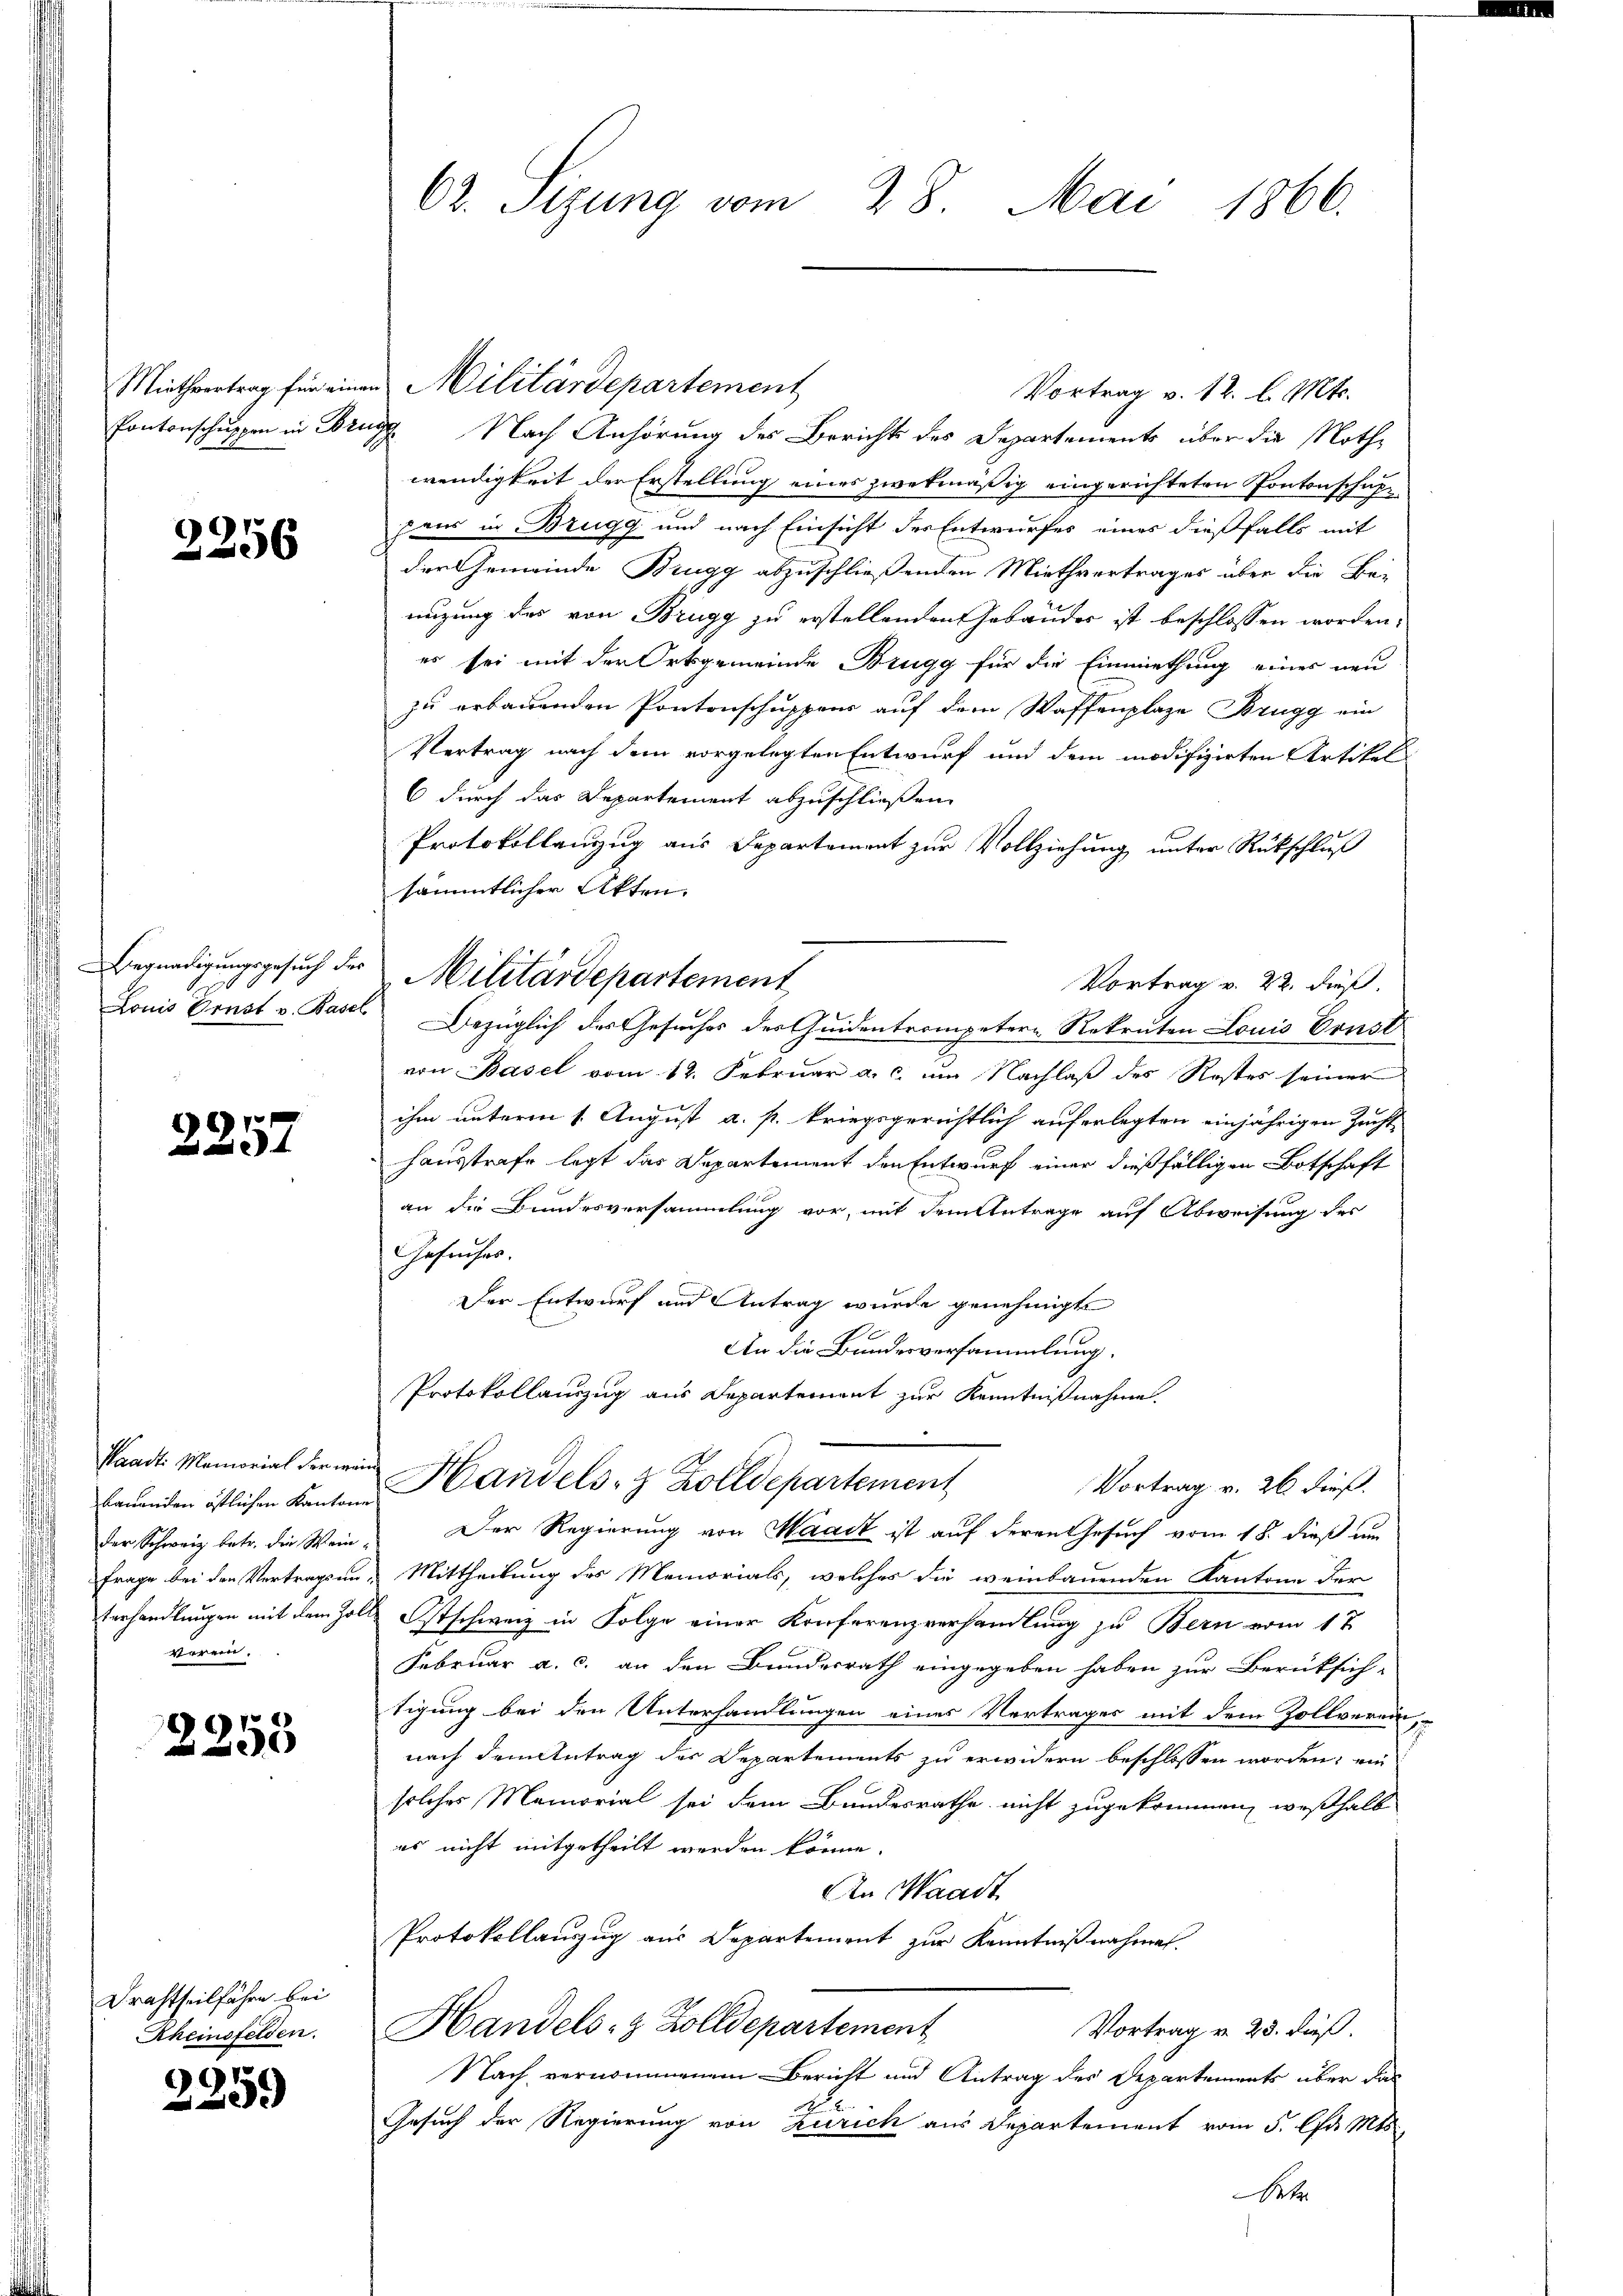
Miethvertrag für eine
Pontonschuppen in Bri

2256

Begnadigungsgesuch der
Louis Ernst v. Basel

e

Waadt Memorial der wein
der Schweiz betr. die Wein¬
Frage bei den Vertrags unterhandlungen mit dem Zollverein.

2255

Drachtheilfahre bei
Rheinsfelden.

2359

62. Sizung vom 28. Mai 1866.

Militärdepartement
Vortrag v. 12. l. Mts.
g. Nach Anhörung des Berichts des Departements über die Nothe
wendigkeit der Erstellung eines zwekmäßig eingerichteten Pontonschaf
peis in Brugg und nach Einsicht des Entwurfes eines dießfalls mit
der Gemeinde Brugg abzuschließenden Miethvertrages über die Be-
nizung des von Brugg zu erstellenden Gebäuder ist beschlossen worden:
es sei mit der Ortsgemeinde Brugg für die Einmiethung eines neu
zu erbauenden Pontonschuppens auf dem Waffenplaze Brugg ein
Vertrag nach dem vorgelegten Entwurf und dem modifizirten Artikel
6 durch das Departement abzuschließen.
Protokollanzug aus Departement zur Vollziehung unter Rückschluß
sämmtlicher Akten.
Bezüglich des Gesuches des Quidentrompetern Rekruten Louis Brust
von Basel vom 12. Februar a. c. um Nachlaß des Restes seiner
ihm unterm 1. August a. p. kriegsgerichtlich auferlegten einjährigen Zucht-
hausstrafe legt das Departement den Entwurf einer dießfälligen Botschaft
an die Bundesversammlung vor, mit dem Antrage auf Abweisung des
Gesuches.
Der Entwurf und Antrag wurde genehmigt
An die Bundesversammlung.
Protokollauszug aus Departement zur Kenntnißnahme.
Vortrag v. 26 dieß.
Emanden östlichen Kantons Candels- & Zolldepartement
Der Regierung von Waadt ist auf deren Gesuch vom 18. dieß um
Mittheilung des Memorials, welches die weinbauenden Kantone der
Ostschweiz in Folge einer Konferenzverhandlung zu Bern vom 1t
Februar a. c. an den Bundesrath eingegeben haben zur Berücksich-
tigung bei den Unterhandlungen eines Vertrages mit dem Zollverein,
nach dem Antrag des Departements zu erwidern beschlossen worden, ein
solches Memorial sei dem Bundesrathe nicht zugekommen, weßhalb
es nicht mitgetheilt werden könne.
An Waadt
Protokollauszug aus Departement zur Kenntnißnahmen.
Handels- & Zolldepartement
Vortrag v. 23. dieß.
Nach vernommenem Bericht und Antrag des Departements über das
Gesuch der Regierung von Zürich aus Departement vom 5. Apr. Mts.
Net

Militärdepartement

Vortrag v. 22. dieß.